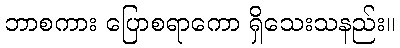
ဘာစကား ပြောစရာကော ရှိသေးသနည်း။